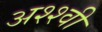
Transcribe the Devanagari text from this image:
अश्श्वी